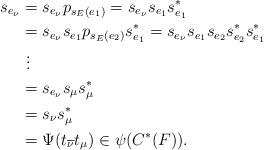
LaTeX: \begin{align*}s_{e_\nu} &= s_{e_\nu} p_{s_E(e_1)} = s_{ e_{\nu} } s_{e_1} s_{e_1}^* \\ &= s_{ e_{\nu} } s_{e_1} p_{s_E ( e_2) } s_{e_1}^* = s_{ e_{\nu} } s_{e_1} s_{e_2} s_{e_2}^*s_{e_1}^* \\&\ \vdots \\&= s_{ e_{\nu} } s_{\mu} s_{\mu}^* \\&= s_\nu s_\mu^* \\&= \Psi ( t_{\overline{\nu}} t_\mu) \in \psi ( C^*(F) ).\end{align*}